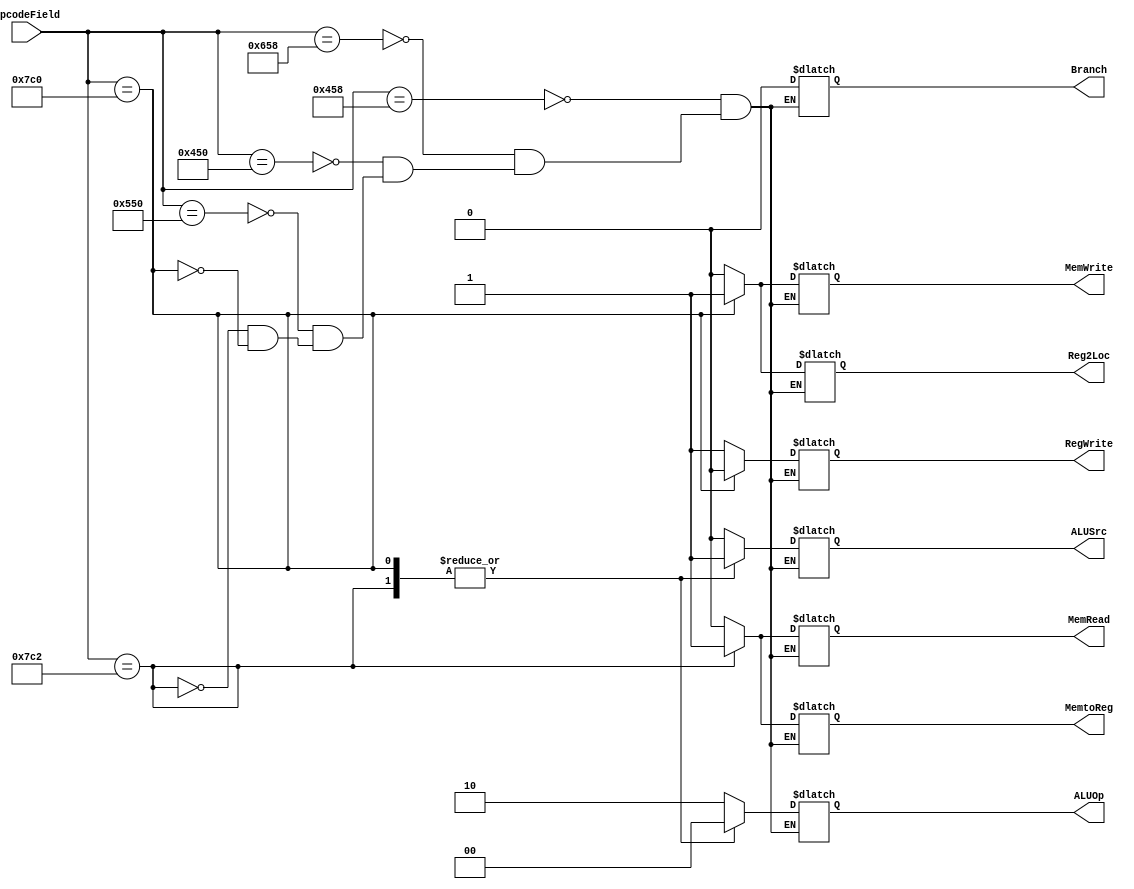
`timescale 1ns / 1ps

module Instruction_Decoder(OpcodeField, Reg2Loc, Branch,
 MemRead, MemtoReg, ALUOp, MemWrite, ALUSrc, RegWrite);

	input [10:0] OpcodeField;
	//output reg [8:0] ConSignals;
	
	
	
	output reg  Reg2Loc;
	output reg  Branch;
	output reg  MemRead;
	output reg  MemtoReg;
	output reg [1:0] ALUOp;
	output reg  MemWrite;
	output reg  ALUSrc;
	output reg  RegWrite;
	
	always @(OpcodeField) begin
	case(OpcodeField)
		// R-Type Instruction
		11'b 10001011000:begin
			Reg2Loc 	<= 0;
			ALUSrc 	<= 0;
			MemtoReg <= 0;
			RegWrite <= 1;
			MemRead  <= 0;
			MemWrite <= 0;
			Branch 	<= 0;
			ALUOp 	<= 10;
			end
		11'b 11001011000:begin
			Reg2Loc 	<= 0;
			ALUSrc 	<= 0;
			MemtoReg <= 0;
			RegWrite <= 1;
			MemRead  <= 0;
			MemWrite <= 0;
			Branch 	<= 0;
			ALUOp 	<= 10;
			end
		11'b 10001010000:begin
			Reg2Loc 	<= 0;
			ALUSrc 	<= 0;
			MemtoReg <= 0;
			RegWrite <= 1;
			MemRead  <= 0;
			MemWrite <= 0;
			Branch 	<= 0;
			ALUOp 	<= 10;
			end
		11'b 10101010000:begin
			Reg2Loc 	<= 0;
			ALUSrc 	<= 0;
			MemtoReg <= 0;
			RegWrite <= 1;
			MemRead  <= 0;
			MemWrite <= 0;
			Branch 	<= 0;
			ALUOp 	<= 10;
			end
		//--------------------------- Load
		11'b 11111000010:begin
			Reg2Loc 	<= 0;
			ALUSrc 	<= 1;
			MemtoReg <= 1;
			RegWrite <= 1;
			MemRead  <= 1;
			MemWrite <= 0;
			Branch 	<= 0;
			ALUOp 	<= 00;
			end
		//---------------------------- Store
		11'b 11111000000:begin
			Reg2Loc 	<= 1;
			ALUSrc 	<= 1;
			MemtoReg <= 0;
			RegWrite <= 0;
			MemRead  <= 0;
			MemWrite <= 1;
			Branch 	<= 0;
			ALUOp 	<= 00;
		end
endcase
end
endmodule